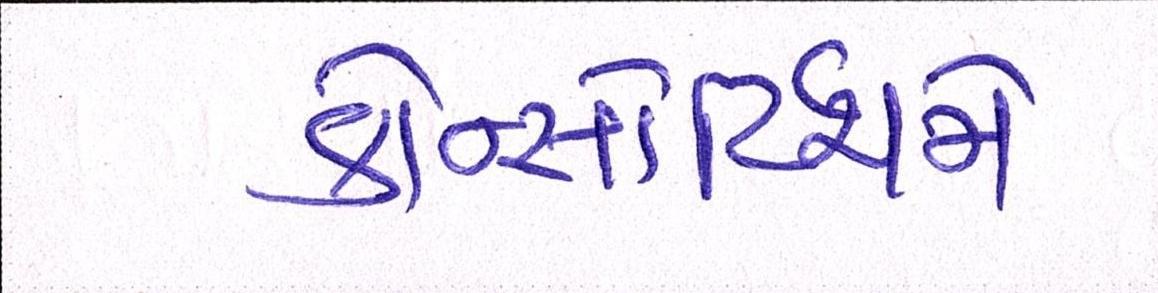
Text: કોન્સોર્ટિયમે